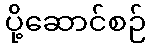
ပို့ဆောင်စဉ်